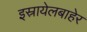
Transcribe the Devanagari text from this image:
इस्रायेलबाहेर